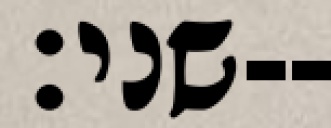
שני׃--